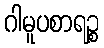
ဂါမူပစာရဉ္စ